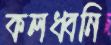
কলধ্বনি